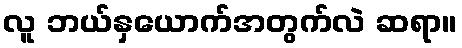
လူ ဘယ်နှယောက်အတွက်လဲ ဆရာ။